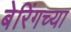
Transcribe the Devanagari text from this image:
बेरिंगच्या